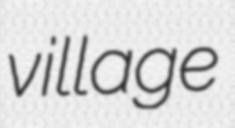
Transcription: village